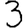
Digit: 3